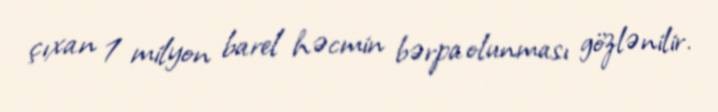
çıxan 1 milyon barel həcmin bərpa olunması gözlənilir.